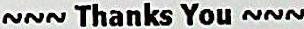
~~~ THANKS YOU ~~~